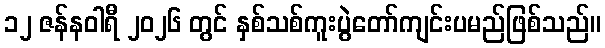
၁၂ ဇန်နဝါရီ ၂၀၂၆ တွင် နှစ်သစ်ကူးပွဲတော်ကျင်းပမည်ဖြစ်သည်။